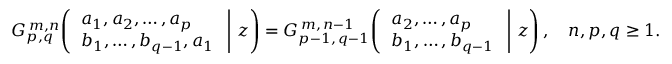
G _ { p , q } ^ { \, m , n } \! \left( \left. { \begin{array} { l } { a _ { 1 } , a _ { 2 } , \dots , a _ { p } } \\ { b _ { 1 } , \dots , b _ { q - 1 } , a _ { 1 } } \end{array} } \; \right| \, z \right) = G _ { p - 1 , \, q - 1 } ^ { \, m , \, n - 1 } \! \left( \left. { \begin{array} { l } { a _ { 2 } , \dots , a _ { p } } \\ { b _ { 1 } , \dots , b _ { q - 1 } } \end{array} } \; \right| \, z \right) , \quad n , p , q \geq 1 .